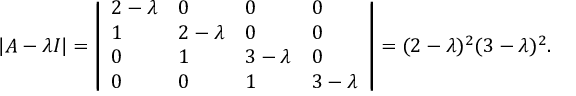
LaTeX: | A - \lambda I | = { \left| \begin{array} { l l l l } { 2 - \lambda } & { 0 } & { 0 } & { 0 } \\ { 1 } & { 2 - \lambda } & { 0 } & { 0 } \\ { 0 } & { 1 } & { 3 - \lambda } & { 0 } \\ { 0 } & { 0 } & { 1 } & { 3 - \lambda } \end{array} \right| } = ( 2 - \lambda ) ^ { 2 } ( 3 - \lambda ) ^ { 2 } .